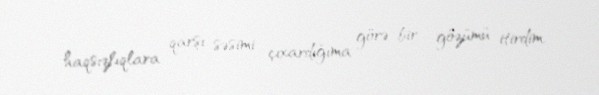
haqsızlıqlara qarşı səsimi çıxardığıma görə bir gözümü itirdim.